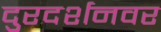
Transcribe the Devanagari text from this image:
दुरदर्शनवर